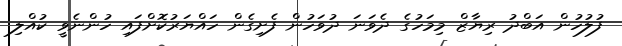
ފުލުހުން އަބްދު ރިޔާޒް މިމަހުގެ ދެވަނަ ދުވަހުން ފެށިގެން ހައްޔަރުކޮށްފައި ހުންނެވީ ކުއްލި